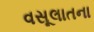
વસૂલાતના